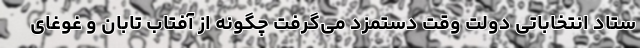
ستاد انتخاباتی دولت وقت دستمزد می‌گرفت چگونه از آفتاب تابان و غوغای